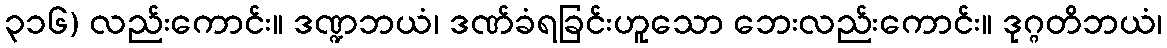
၃၁၆) လည်းကောင်း။ ဒဏ္ဍဘယံ၊ ဒဏ်ခံရခြင်းဟူသော ဘေးလည်းကောင်း။ ဒုဂ္ဂတိဘယံ၊